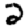
Digit: 2